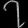
Digit: ၇